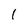
Character: 1